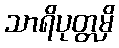
သာရိပုတ္တမှိ